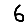
Digit: 6